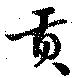
貢